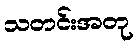
သတင်းအတု